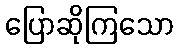
ပြောဆိုကြသော